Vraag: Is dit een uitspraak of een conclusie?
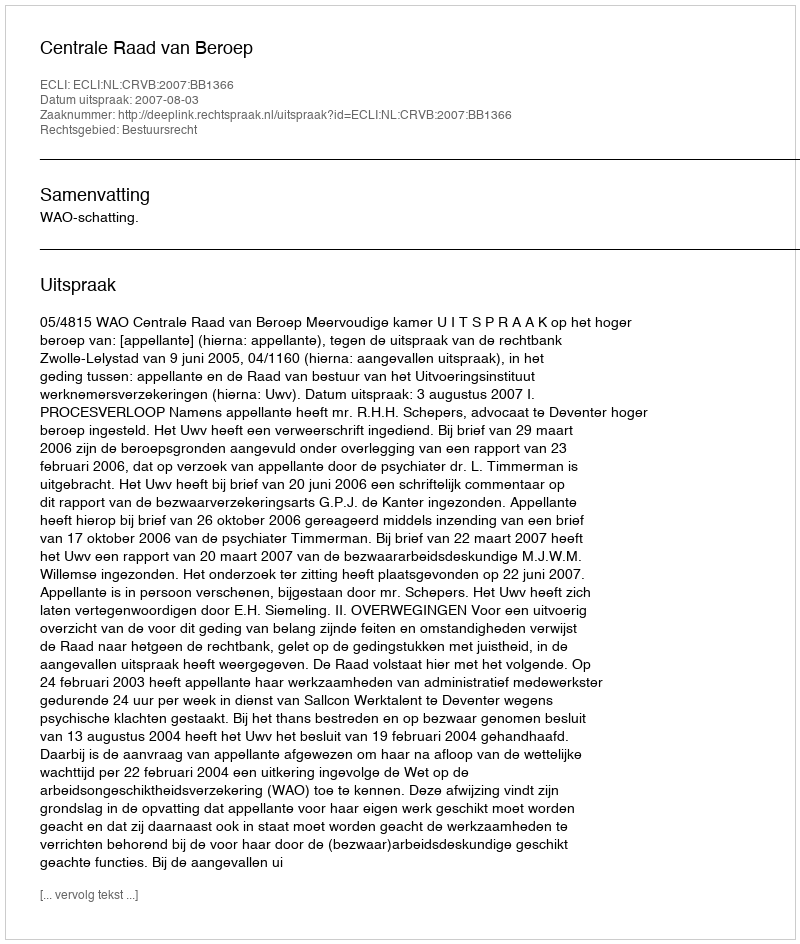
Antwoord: Uitspraak